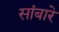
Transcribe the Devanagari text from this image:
सांबारे